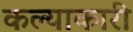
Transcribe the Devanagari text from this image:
कल्याकारी